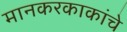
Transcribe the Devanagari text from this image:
मानकरकाकांचे